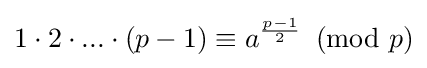
1\cdot 2\cdot ...\cdot (p-1)\equiv a^{\frac {p-1}{2}}\!\!\!{\pmod {p}}